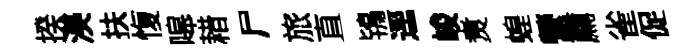
揆渼扶愎嗥耤尸旅直鴇逕峻煑蝗營薦雀促